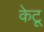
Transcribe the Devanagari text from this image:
केटू